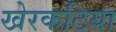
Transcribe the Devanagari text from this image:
खेरकटिया